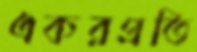
একরপ্রতি